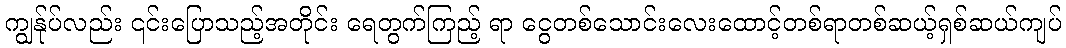
ကျွန်ုပ်လည်း ၎င်းပြောသည့်အတိုင်း ရေတွက်ကြည့် ရာ ငွေတစ်သောင်းလေးထောင့်တစ်ရာတစ်ဆယ့်ရှစ်ဆယ်ကျပ်